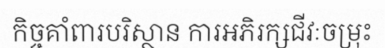
កិច្ចគាំពារបរិស្ថាន ការអភិរក្សជីវៈចម្រុះ